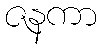
ဇနကာ